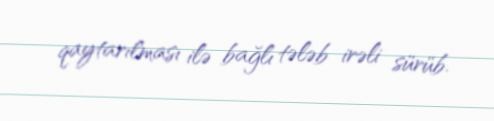
qaytarılması ilə bağlı tələb irəli sürüb.